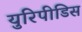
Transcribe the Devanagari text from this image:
युरिपीडिस